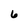
Character: 6